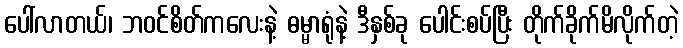
ပေါ်လာတယ်၊ ဘဝင်စိတ်ကလေးနဲ့ ဓမ္မာရုံနဲ့ ဒီနှစ်ခု ပေါင်းစပ်ပြီး တိုက်ခိုက်မိလိုက်တဲ့